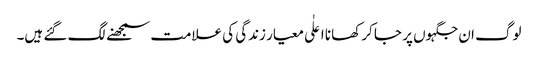
لوگ ان جگہوں پر جا کر کھانا اعلٰی معیار زندگی کی علامت سمجھنے لگ گئے ہیں۔